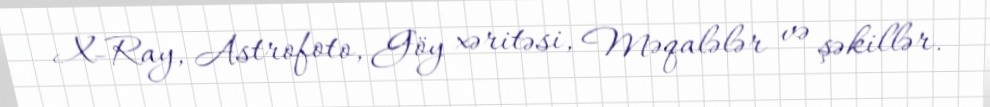
X-Ray, Astrofoto, Göy xəritəsi, Məqalələr və şəkillər.